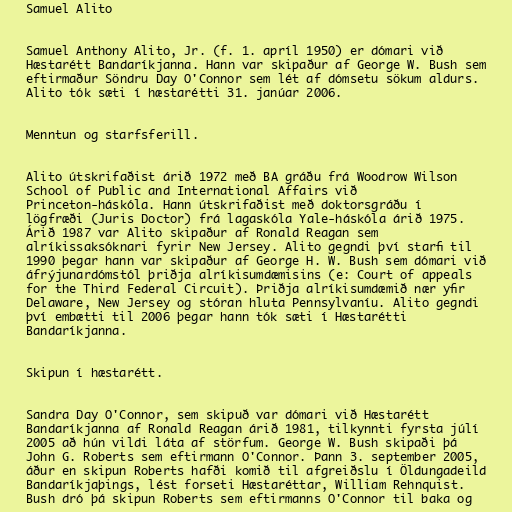
Samuel Alito

Samuel Anthony Alito, Jr. (f. 1. apríl 1950) er dómari við
Hæstarétt Bandaríkjanna. Hann var skipaður af George W. Bush sem
eftirmaður Söndru Day O'Connor sem lét af dómsetu sökum aldurs.
Alito tók sæti í hæstarétti 31. janúar 2006.

Menntun og starfsferill.

Alito útskrifaðist árið 1972 með BA gráðu frá Woodrow Wilson
School of Public and International Affairs við
Princeton-háskóla. Hann útskrifaðist með doktorsgráðu í
lögfræði (Juris Doctor) frá lagaskóla Yale-háskóla árið 1975.
Árið 1987 var Alito skipaður af Ronald Reagan sem
alríkissaksóknari fyrir New Jersey. Alito gegndi því starfi til
1990 þegar hann var skipaður af George H. W. Bush sem dómari við
áfrýjunardómstól þriðja alríkisumdæmisins (e: Court of appeals
for the Third Federal Circuit). Þriðja alríkisumdæmið nær yfir
Delaware, New Jersey og stóran hluta Pennsylvaníu. Alito gegndi
því embætti til 2006 þegar hann tók sæti í Hæstarétti
Bandaríkjanna.

Skipun í hæstarétt.

Sandra Day O'Connor, sem skipuð var dómari við Hæstarétt
Bandaríkjanna af Ronald Reagan árið 1981, tilkynnti fyrsta júlí
2005 að hún vildi láta af störfum. George W. Bush skipaði þá
John G. Roberts sem eftirmann O'Connor. Þann 3. september 2005,
áður en skipun Roberts hafði komið til afgreiðslu í Öldungadeild
Bandaríkjaþings, lést forseti Hæstaréttar, William Rehnquist.
Bush dró þá skipun Roberts sem eftirmanns O'Connor til baka og